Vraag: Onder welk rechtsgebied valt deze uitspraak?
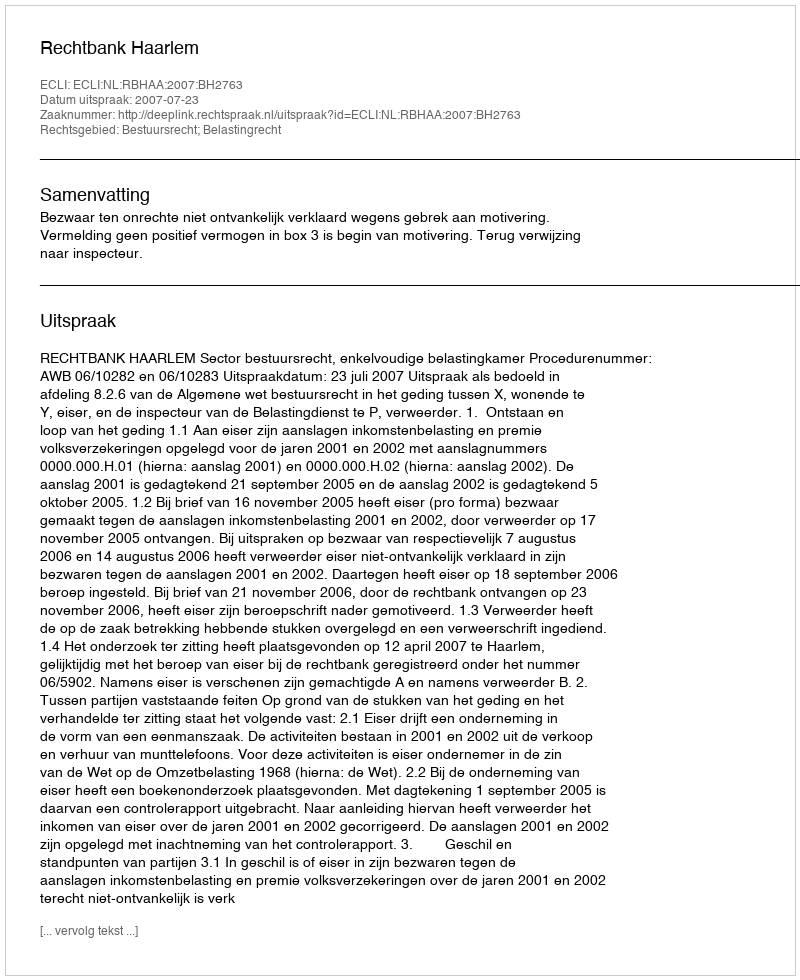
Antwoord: Bestuursrecht; Belastingrecht